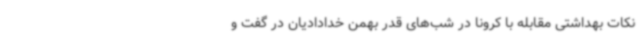
نکات بهداشتی مقابله با کرونا در شب‌های قدر بهمن خدادادیان در گفت و